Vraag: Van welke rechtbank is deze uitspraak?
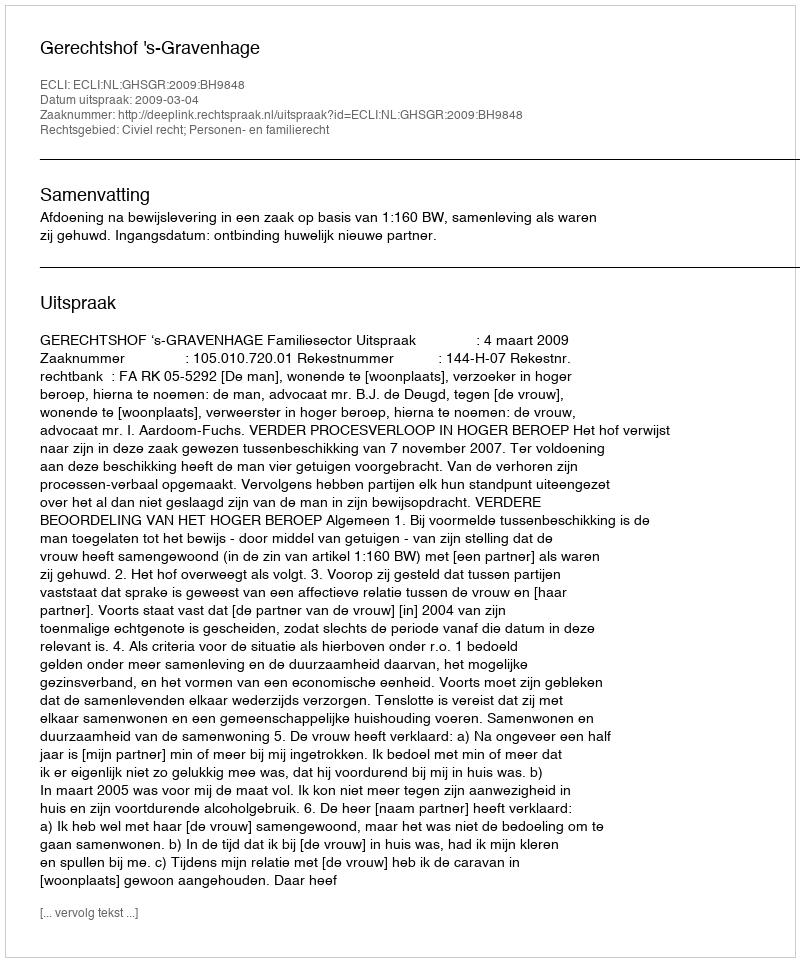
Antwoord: Gerechtshof 's-Gravenhage